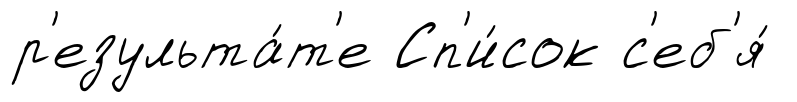
р'езульта́т'е Сп'и́сок с'еб'я́